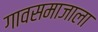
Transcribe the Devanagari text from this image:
गावसमाजाला